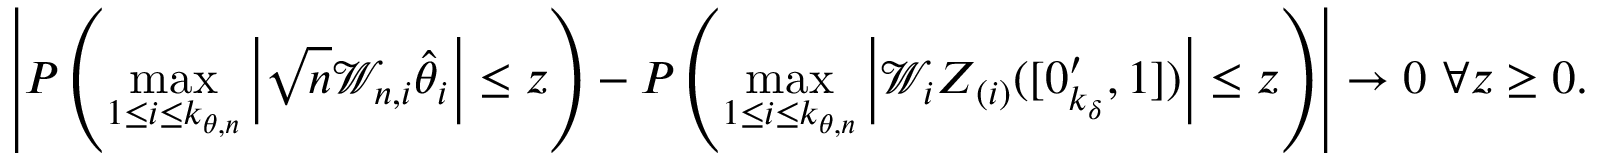
\left\vert P \left( \operatorname* { m a x } _ { 1 \leq i \leq k _ { \theta , n } } \left\vert \sqrt { n } \mathcal { W } _ { n , i } \hat { \theta } _ { i } \right\vert \leq z \right) - P \left( \operatorname* { m a x } _ { 1 \leq i \leq k _ { \theta , n } } \left\vert \mathcal { W } _ { i } \boldsymbol { Z } _ { ( i ) } ( [ \boldsymbol { 0 } _ { k _ { \delta } } ^ { \prime } , 1 ] ) \right\vert \leq z \right) \right\vert \rightarrow 0 \mathrm { ~ } \forall z \geq 0 .